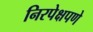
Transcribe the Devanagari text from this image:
निरपेक्षपणे